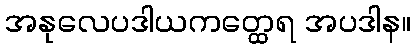
အနုလေပဒါယကတ္ထေရ အပဒါန။